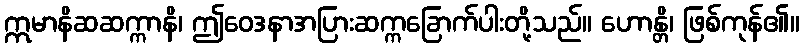
ဣမာနိဆဆက္ကာနိ၊ ဤဝေဒနာအပြားဆက္ကခြောက်ပါးတို့သည်။ ဟောန္တိ၊ ဖြစ်ကုန်၏။